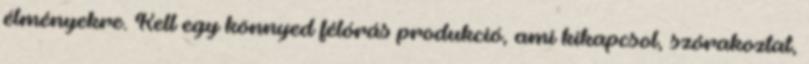
élményekre. Kell egy könnyed félórás produkció, ami kikapcsol, szórakoztat,